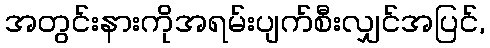
အတွင်းနားကိုအရမ်းပျက်စီးလျှင်အပြင်,